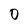
Character: 0